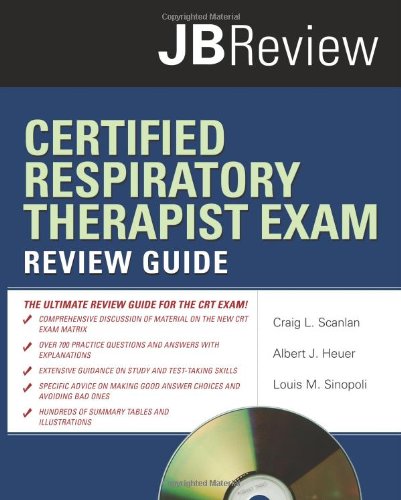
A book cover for Certified Respiratory Therapist Exam Review Guide (JB Review); Craig L. Scanlan; Test Preparation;